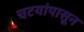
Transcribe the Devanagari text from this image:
चटयांपासून